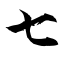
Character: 七